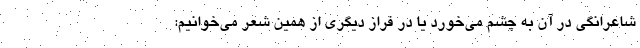
شاعرانگی در آن به چشم می‌خورد یا در فراز دیگری از همین شعر می‌خوانیم: